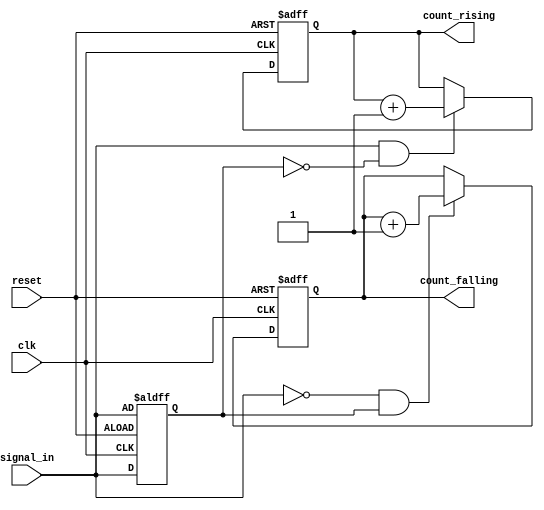
module edge_counter (
    input wire clk,               // Clock signal
    input wire reset,             // Asynchronous reset signal
    input wire signal_in,         // Input signal to detect edges
    output reg [31:0] count_rising,  // Count of rising edges
    output reg [31:0] count_falling  // Count of falling edges
);

    reg prev_signal;              // Previous state of signal_in

    // Asynchronous reset and edge detection logic
    always @(posedge clk or posedge reset) begin
        if (reset) begin
            // Reset counts and previous signal
            count_rising <= 32'b0;
            count_falling <= 32'b0;
            prev_signal <= signal_in; // Initialize prev_signal
        end else begin
            // Edge detection logic
            if (signal_in && !prev_signal) begin
                // Rising edge detected
                count_rising <= count_rising + 1;
            end
            if (!signal_in && prev_signal) begin
                // Falling edge detected
                count_falling <= count_falling + 1;
            end
            // Update previous signal state
            prev_signal <= signal_in;
        end
    end

endmodule